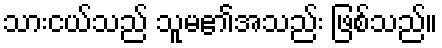
သားငယ်သည် သူမ၏အသည်း ဖြစ်သည်။